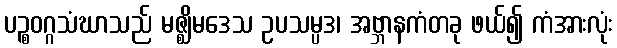
ပဉ္စဝဂ္ဂသံဃာသည် မဇ္ဈိမဒေသ ဥပသမ္ပဒ၊ အဗ္ဘာနကံတခု ဖယ်၍ ကံအားလုံး